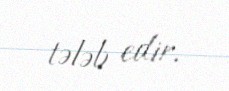
tələb edir.